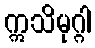
ဣသိမုဂ္ဂါ